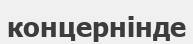
концернінде